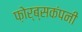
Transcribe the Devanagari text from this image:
फ़ोर्ब्सकंपनी